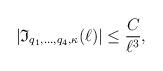
LaTeX: \begin{align*}|\mathfrak{I}_{q_1,\ldots, q_4, \kappa}(\ell)|\leq \frac{C}{\ell^ {3}},\end{align*}